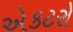
એકટરો